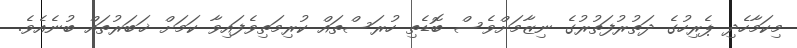
މިކަމާހެދި ޕެރިހުގެ ދަތުރުފަތުރުގެ ނިޒާމަށްވެސް ބޮޑެތި ހުރަސްތައް ކުރިމަތިވެފައިވާ ކަމަށް ޚަބަރުތައް ބުނެއެވެ.